Civil Veterinary Department ledger series I-VI
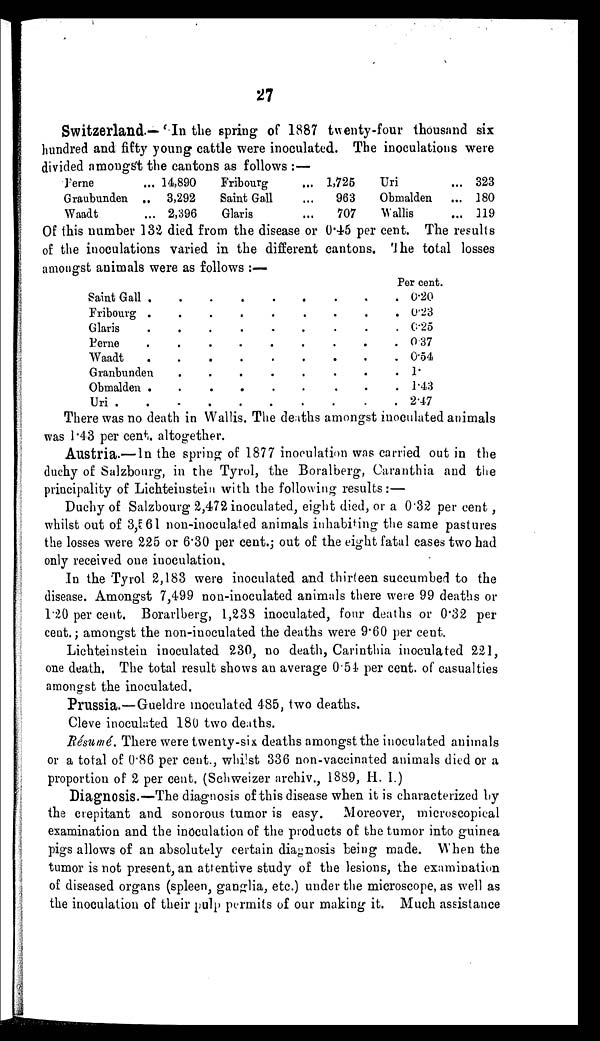
27
Switzerland.—"In the spring of 1887 twenty-four thousand six
hundred and fifty young cattle were inoculated. The inoculations were
divided amongst the cantons as follows:—
Feme
Graubunden
Waadt
...
..
...
14,890
3,292
2,396
Fribourg
Saint Gall
Glaris
...
...
...
1,725
963
707
Uri
Obmalden
Wallis
...
...
...
323
180
119
Of this number 132 died from the disease or 0.45 per cent. The results
of the inoculations varied in the different cantons. The total losses
amongst animals were as follows:—
Saint Gall
Fribourg
Glaris
Berne
Waadt
.
.
.
.
.
Granbunden
Obmalden
Uri .
.
.
.
.
.
.
.
.
.
.
.
.
.
.
.
.
.
.
.
.
.
.
.
.
.
.
.
.
.
.
.
.
.
.
.
.
.
.
.
.
.
.
.
.
.
.
.
.
.
.
.
.
.
.
.
.
.
.
Per cent.
.
.
.
.
.
.
.
.
0.20
0.23
0.25
0.37
0.54
1.
1.43
2.47
There was no death in Wallis. The deaths amongst inoculated animals
was 1.43 per cent. altogether.
Austria.—In the spring of 1877 inoculation was carried out in the
duchy of Salzbourg, in the Tyrol, the Boralberg, Caranthia and the
principality of Lichteinstein with the following results:—
Duchy of Salzbourg 2,472 inoculated, eight died, or a 0.32 per cent,
whilst out of 3,561 non-inoculated animals inhabiting the same pastures
the losses were 225 or 6.30 per cent.; out of the eight fatal cases two had
only received one inoculation.
In the Tyrol 2,183 were inoculated and thirteen succumbed to the
disease. Amongst 7,499 non-inoculated animals there were 99 deaths or
1.20 per cent. Borarlberg, 1,238 inoculated, four deaths or 0.32 per
cent.; amongst the non-inoculated the deaths were 9.60 per cent.
Lichteinstein inoculated 230, no death, Carinthia inoculated 221,
one death. The total result shows an average 0.54 per cent. of casualties
amongst the inoculated.
Prussia.—Gueldre inoculated 485, two deaths.
Cleve inoculated 180 two deaths.
Résumé. There were twenty-six deaths amongst the inoculated animals
or a total of 0.86 per cent., whilst 336 non-vaccinated animals died or a
proportion of 2 per cent. (Schweizer archiv., 1889, H. I.)
Diagnosis.—The diagnosis of this disease when it is characterized by
the crepitant and sonorous tumor is easy. Moreover, microscopical
examination and the inoculation of the products of the tumor into guinea
pigs allows of an absolutely certain diagnosis being made. When the
tumor is not present, an attentive study of the lesions, the examination
of diseased organs (spleen, ganglia, etc.) under the microscope, as well as
the inoculation of their pulp permits of our making it. Much assistance